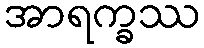
အာရက္ခဿ